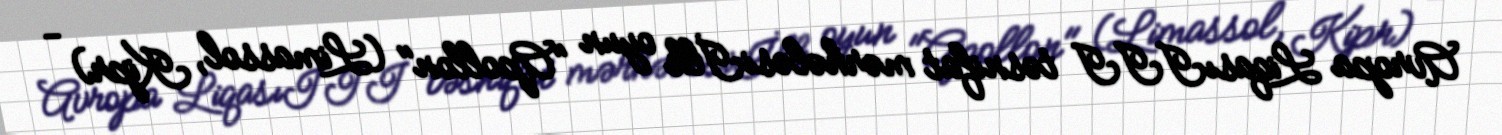
Avropa LiqasıIII təsnifat mərhələsiİlk oyun "Apollon" (Limassol, Kipr) -